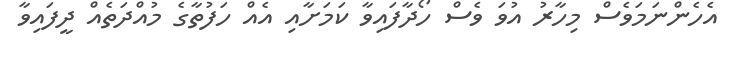
އެހެންނަމަވެސް މިހާރު އުވަ ވެސް ހޯދާފައިވާ ކަމަށާއި އެއް ހަފުތާގެ މުއްދަތެއް ދީފައިވާ